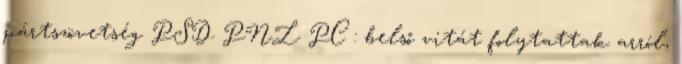
pártszövetség PSD PNL PC : belső vitát folytattak arról,